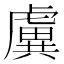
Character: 𧇽